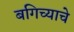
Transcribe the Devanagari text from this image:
बगिच्याचे